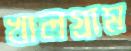
খালগ্রাম